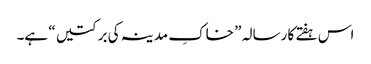
اس ہفتے کا رسالہ ” خاکِ مدینہ کی برکتیں “ ہے۔